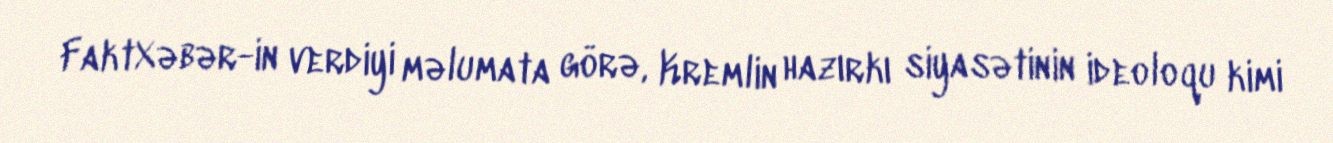
FaktXəbər-in verdiyi məlumata görə, Kremlin hazırkı siyasətinin ideoloqu kimi